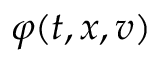
\varphi ( t , x , v )